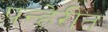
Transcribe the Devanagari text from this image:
पन्हेरीत